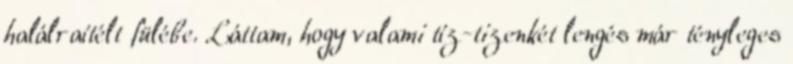
halálraítélt fülébe. Láttam, hogy valami tíz-tizenkét lengés már tényleges